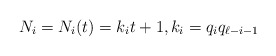
\begin{align*}N_i = N_i(t) = k_i t + 1, k_i = q_iq_{\ell-i-1}\end{align*}